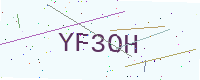
Text: YF3OH